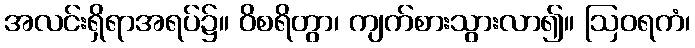
အလင်းရှိရာအရပ်၌။ ဝိစရိတွာ၊ ကျက်စားသွားလာ၍။ ဩဝရကံ၊